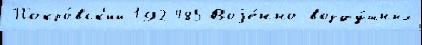
Покро́вск'ий 192 485 Воjе́нно-возду́шных